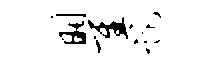
瞿距